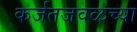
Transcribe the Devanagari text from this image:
कर्जतजवळच्या